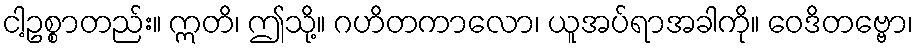
ငါ့ဥစ္စာတည်း။ ဣတိ၊ ဤသို့။ ဂဟိတကာလော၊ ယူအပ်ရာအခါကို။ ဝေဒိတဗ္ဗော၊